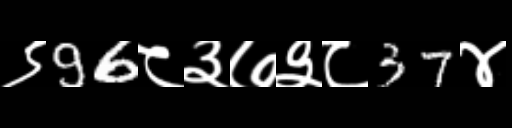
Text: ९96८३७३८37४